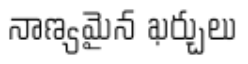
నాణ్యమైన ఖర్చులు